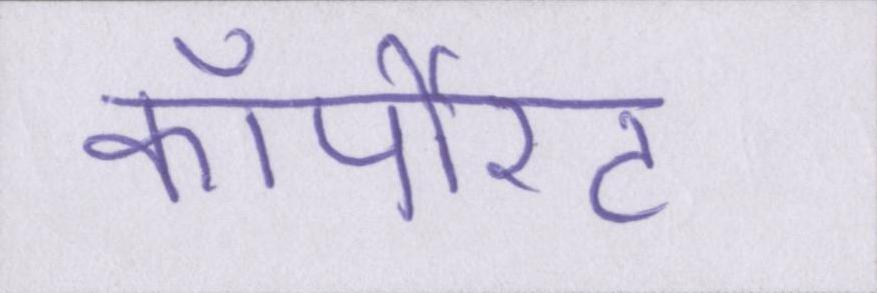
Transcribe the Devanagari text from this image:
कॉर्पोरेट